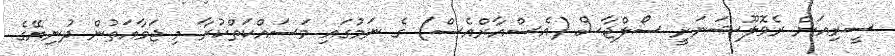
ސީރިއަން ރެވޮލޫޝަނަރީ ސޯލްޖާސް (އެސްއާރްއެސް) ގެ ނަމުގައި މަސައްކަތްކުރާ މި ޖަމާއަތުން ދުނިޔޭގެ